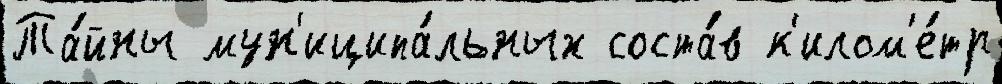
Та́йны мун'иципа́льных соста́в к'илом'е́тр